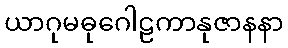
ယာဂုမဓုဂေါဠကာနုဇာနနာ